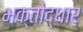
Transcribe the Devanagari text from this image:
भक्तोद्धार